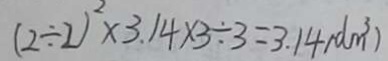
( 2 \div 2 ) ^ { 2 } \times 3 . 1 4 \times 3 \div 3 = 3 . 1 4 ( d m ^ { 3 } )